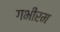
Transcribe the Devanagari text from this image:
गभीरम